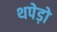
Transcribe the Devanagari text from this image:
थपेड़ो